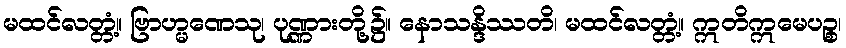
မထင်လတ္တံ့။ ဗြာဟ္မဏေသု၊ ပုဏ္ဏားတို့၌။ နောသန္ဒိဿတိ၊ မထင်လတ္တံ့။ ဣတိဣမေပဉ္စ၊